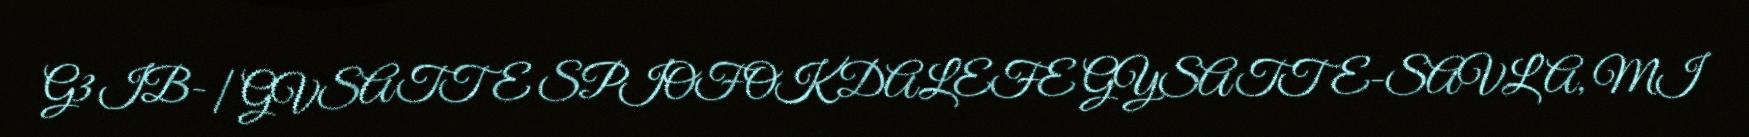
G3 IB- | GVSATTE SPIOFOK DALEFE GYSATTE-SAVLA, MI